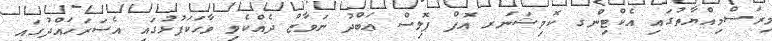
މިރަސްމިއްޔާތުގައި އެކްޓިންގ ކޮމިޝަނަރ އޮފް ޕޮލިސް ޢަބްދު ނަވާޒް ދެއްކެވި ވާހަކަފުޅުގައި އެސަރަހައްދުގައި